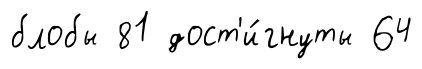
блобы 81 дост'и́гнуты 64